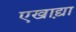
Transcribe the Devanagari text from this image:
एखाद्य़ा